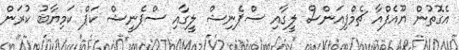
އެގޮތުން ޔޫއެފްއާ ޗެމްޕިއަންސް ލީގާއި ސްޕެނިޝް ލީގާއި ސްޕެނީޝް ކަޕް ކަމިޔާބު ކުރަން